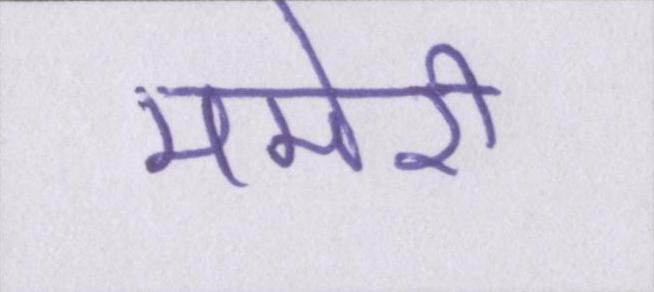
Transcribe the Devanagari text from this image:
ममेरी